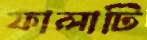
ফালাটি